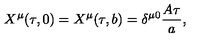
X ^ { \mu } ( \tau , 0 ) = X ^ { \mu } ( \tau , b ) = \delta ^ { \mu 0 } { \frac { A \tau } { a } } ,